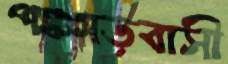
পঞ্চগড়বাসী